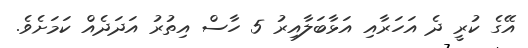
އޭގެ ކުރީ ދެ އަހަރާއި އަޅާބަލާއިރު 5 ހާސް އިތުރު އަދަދެއް ކަމަށެވެ.